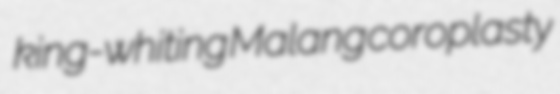
king-whiting Malang coroplasty